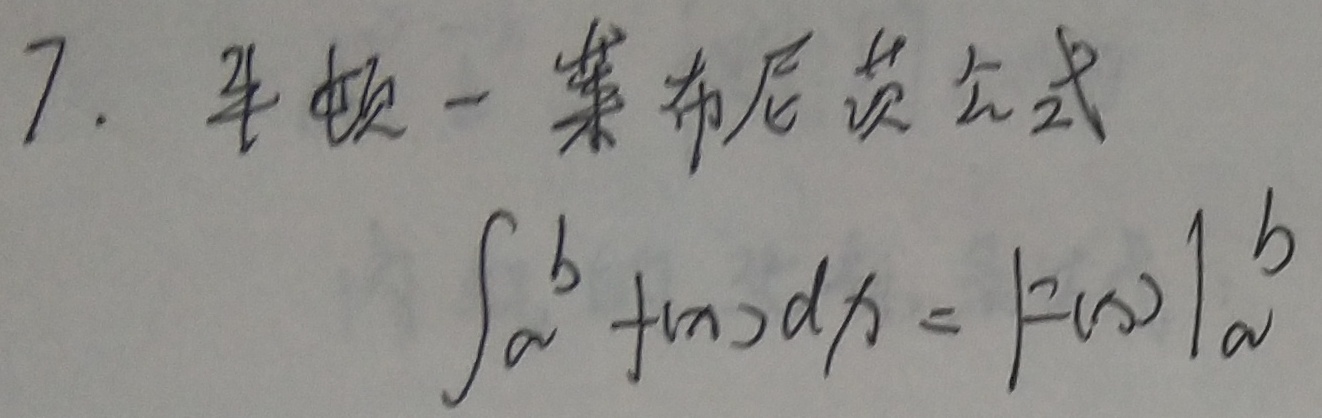
7. 牛顿 - 莱布尼茨公式
\[\int_{a}^{b}f(x)dx = F(x)\big|_{a}^{b}\]